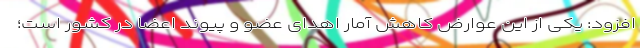
افزود: یکی از این عوارض کاهش آمار اهدای عضو و پیوند اعضا در کشور است؛